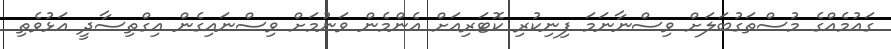
ގައުމެއްގެ މުސްތަގުބަލަށް ވިސްނާނަމަ ފިނިކުރި ކޮޓަރިއަށް އެންމެން ވަނުމަށް ވިސްނައިގެން އިގްތިސާދީ އަޅުވެތި